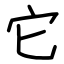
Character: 它